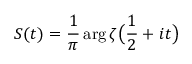
S ( t ) = { \frac { 1 } { \pi } } \arg { \zeta { \bigl ( } { \frac { 1 } { 2 } } + i t { \bigr ) } }